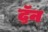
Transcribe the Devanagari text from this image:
द़ॅन